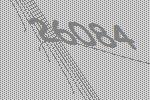
26084